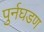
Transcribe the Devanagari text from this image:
पुर्नघडण